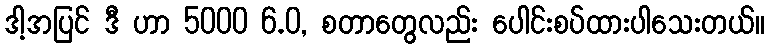
ဒါ့အပြင် ဒီ ဟာ 5000 6.0, စတာတွေလည်း ပေါင်းစပ်ထားပါသေးတယ်။